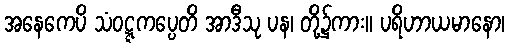
အနေကေပိ သံဝဋ္ဋကပ္ပေတိ အာဒီသု ပန၊ တို့၌ကား။ ပရိဟာယမာနော၊